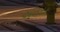
અસરક